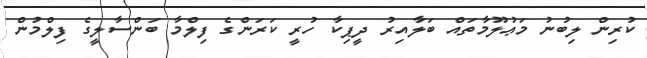
ކުރިން ލިބުނު މަޢުލޫމާތައް ބަލާއިރު ދީޕިކާ ހުރީ ކަރަންގެ ފިލްމާ ބަންސާލީގެ ފިލްމުން